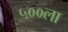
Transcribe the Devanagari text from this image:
५००ला